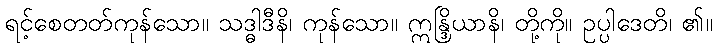
ရင့်စေတတ်ကုန်သော။ သဒ္ဓါဒီနိ၊ ကုန်သော။ ဣန္ဒြိယာနိ၊ တို့ကို။ ဥပ္ပါဒေတိ၊ ၏။